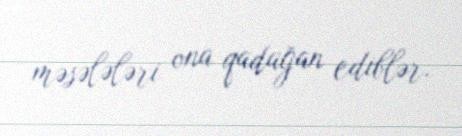
məsələləri ona qadağan ediblər.